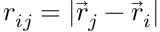
r _ { i j } = | \overrightarrow { r } _ { j } - \overrightarrow { r } _ { i } |